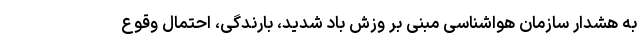
به هشدار سازمان هواشناسی مبنی بر وزش باد شدید، بارندگی، احتمال وقوع